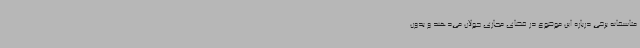
متاسفانه برخی درباره این موضوع در فضای مجازی جولان می‌دهند و بدون